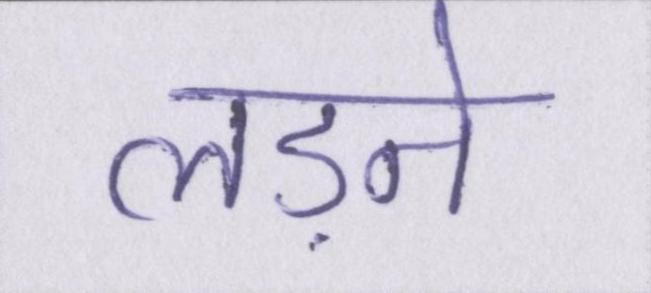
लड़ने